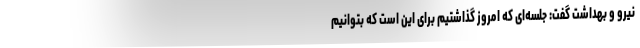
نیرو و بهداشت گفت: جلسه‌ای که امروز گذاشتیم برای این است که بتوانیم